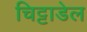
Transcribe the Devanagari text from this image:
चिट्टाडेल